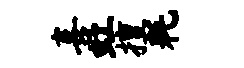
喜虹擅耗